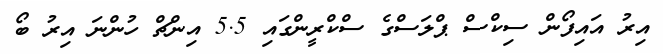
އިރު އައިފޯން ސިކްސް ޕްލަސްގެ ސްކްރީންގައި 5.5 އިންޗް ހުންނަ އިރު ބޯ